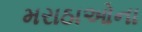
મરાઠાઓના